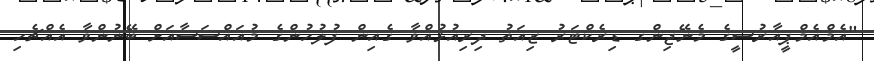
"އެމްއެމްޕީއާރުސީގެ މެނޭޖިންގ ޑިރެކްޓަރު ޒިއަތު ދިރިއުޅުއްވާ ގެއިން ފުލުހުންގެ މުއައްސަސާއަށް ބޭނުންވާ އެއްޗެހި